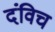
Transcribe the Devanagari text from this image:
दंविच